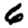
Digit: 6